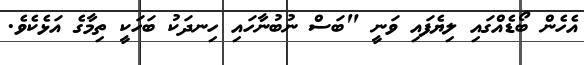
އެހެން ބޯޑެއްގައި ލިޔެފައި ވަނީ "ބަސް ނުބުނާހައި ހިނދަކު ބަހަކީ ތިމާގެ އަޅެކެވެ.